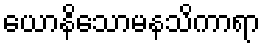
ယောနိသောမနသိကာရာ